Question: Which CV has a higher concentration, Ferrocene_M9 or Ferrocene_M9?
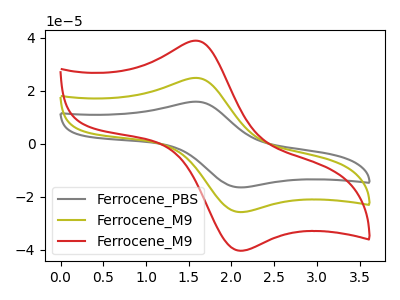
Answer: <think>The gray curve "Ferrocene_PBS" has an anodic peak at (1.60V, 49.70uA) and a cathodic peak at (2.10V, -51.65uA). The olive curve "Ferrocene_M9" has an anodic peak at (1.60V, 24.85uA) and a cathodic peak at (2.10V, -25.80uA). The red curve "Ferrocene_M9" has an anodic peak at (1.60V, 38.90uA) and a cathodic peak at (2.10V, -40.45uA).
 All the peaks in "Ferrocene_M9" have a peak in "Ferrocene_M9" at the same potential. Every peak in "Ferrocene_M9" is higher than every peak in "Ferrocene_M9".</think>
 <answer>"Ferrocene_M9" has more signal than "Ferrocene_M9" and so likely has a higher concentration.</answer>
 <eval>more_concentration</eval>